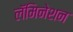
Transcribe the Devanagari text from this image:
लॅमिनेशन